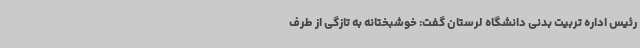
رئیس اداره تربیت بدنی دانشگاه لرستان گفت: خوشبختانه به تازگی از طرف